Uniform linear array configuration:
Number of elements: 8
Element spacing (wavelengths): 0.25
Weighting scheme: binomial
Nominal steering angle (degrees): -45
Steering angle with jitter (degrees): -43.584
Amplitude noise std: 0.05
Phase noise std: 0.05

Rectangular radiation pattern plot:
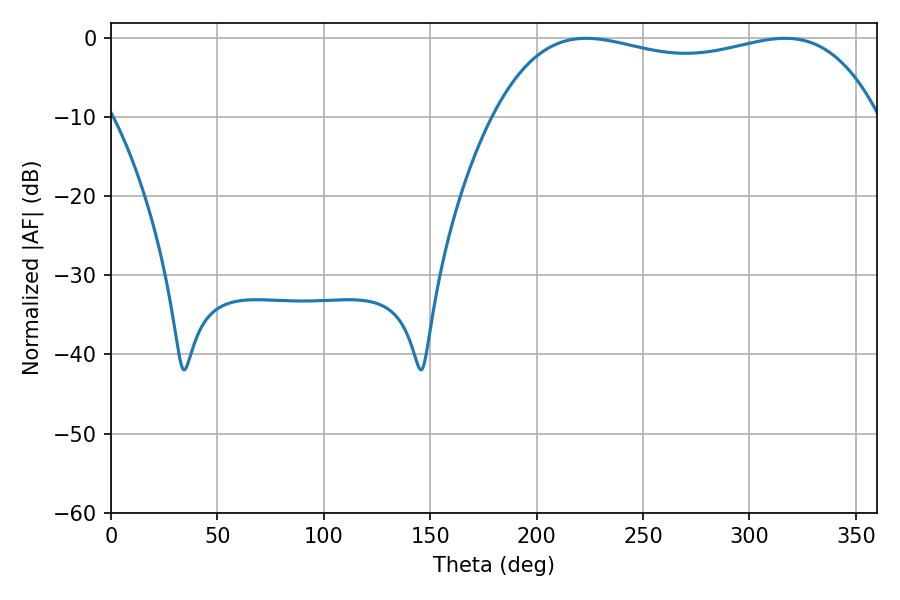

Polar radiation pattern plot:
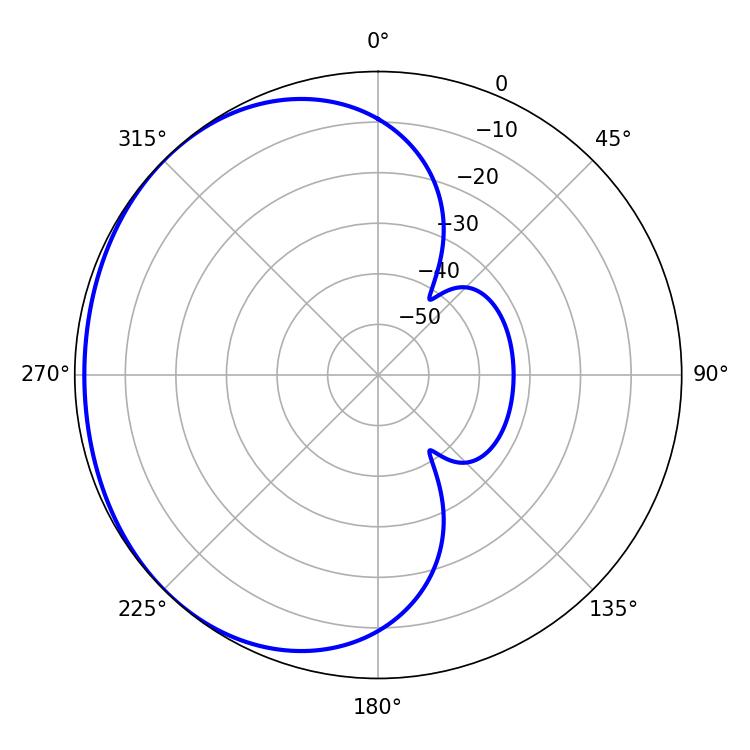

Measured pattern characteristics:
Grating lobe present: FALSE
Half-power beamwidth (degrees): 146.16
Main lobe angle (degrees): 223.2